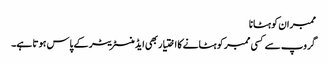
ممبران کو ہٹانا
گروپ سے کسی ممبر کو ہٹانے کا اختیار بھی ایڈمنسٹریٹر کے پاس ہوتا ہے۔